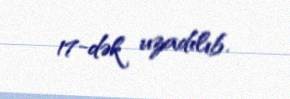
17-dək uzadılıb.